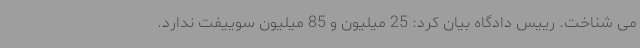
می شناخت. رییس دادگاه بیان کرد: 25 میلیون و 85 میلیون سوییفت ندارد.